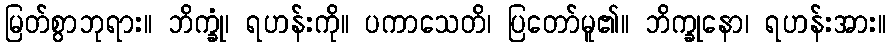
မြတ်စွာဘုရား။ ဘိက္ခုံ၊ ရဟန်းကို။ ပကာသေတိ၊ ပြတော်မူ၏။ ဘိက္ခုနော၊ ရဟန်းအား။